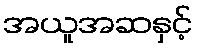
အယူအဆနှင့်